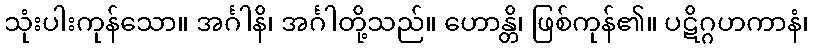
သုံးပါးကုန်သော။ အင်္ဂါနိ၊ အင်္ဂါတို့သည်။ ဟောန္တိ၊ ဖြစ်ကုန်၏။ ပဋိဂ္ဂဟကာနံ၊